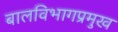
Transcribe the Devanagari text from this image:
बालविभागप्रमुख